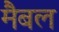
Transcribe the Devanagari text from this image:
मैबल